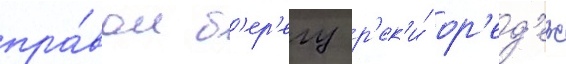
пра́вом б'ер'егу р'ек'и́ ор'ед'еж